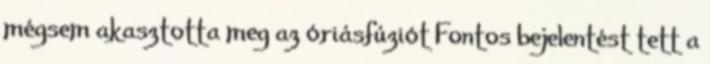
mégsem akasztotta meg az óriásfúziót Fontos bejelentést tett a